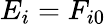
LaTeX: E_{i}=F_{i0}